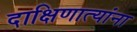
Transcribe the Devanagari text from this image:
दाक्षिणात्यांना